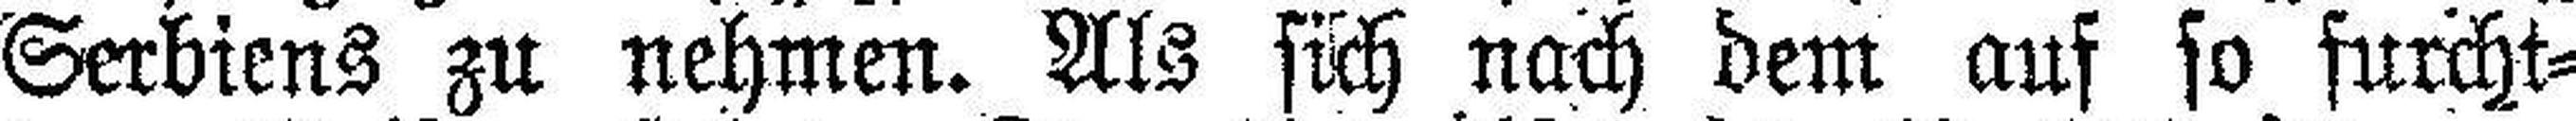
Serbiens zu nehmen. Als sich nach dem auf so furcht¬